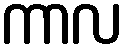
ကာလ